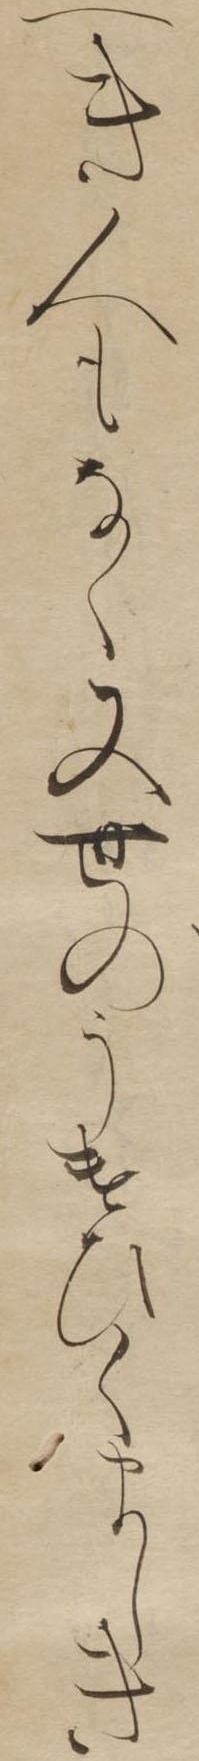
へき人もなく又世のうけひくましき